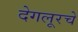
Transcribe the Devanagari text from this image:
देगलूरचे